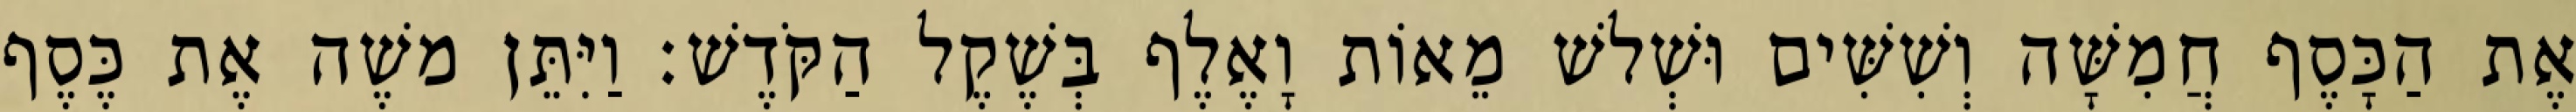
אֶת הַכָּסֶף חֲמִשָּׁה וְשִׁשִּׁים וּשְׁלשׁ מֵאוֹת וָאֶלֶף בְּשֶׁקֶל הַקֹּדֶשׁ׃ וַיִּתֵּן משֶׁה אֶת כֶּסֶף